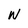
Character: W